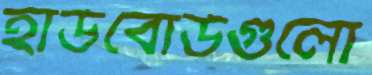
হার্ডবোর্ডগুলো